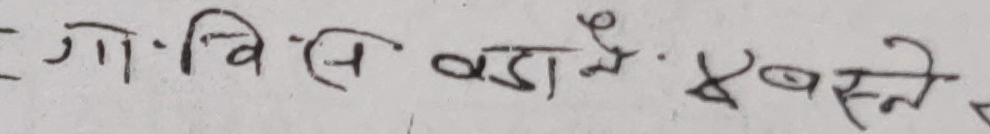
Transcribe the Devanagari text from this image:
गो.विं.स. वडै ए बस्ने